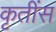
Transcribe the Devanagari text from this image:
कृतींस